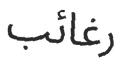
رغائب